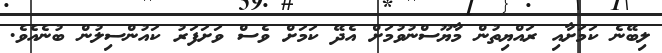
ލިބޭނެ ކަމަށާއި ރައްޔިތުން މާޔޫސްނުވުމަށް އެދޭ ކަމަށް ވެސް ވަށަފަރު ކައުންސިލުން ބުނެއެވެ.